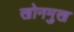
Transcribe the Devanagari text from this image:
खोनमुख